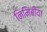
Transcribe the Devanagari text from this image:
निमिबीया